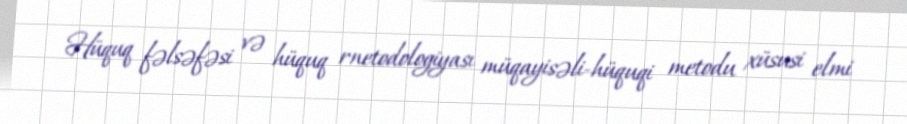
Hüquq fəlsəfəsi və hüquq rnetodologiyası müqayisəli-hüquqi metodu xüsusi elmi